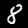
Digit: 8